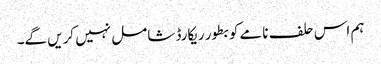
ہم اس حلف نامے کو بطور ریکارڈ شامل نہیں کریں گے۔